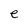
Character: e